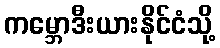
ကမ္ဘောဒီးယားနိုင်ငံသို့